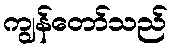
ကျွန်တော်သည်